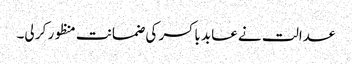
عدالت نے عابد باکسر کی ضمانت منظور کر لی۔